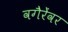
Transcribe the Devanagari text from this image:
वगैरेंवर